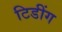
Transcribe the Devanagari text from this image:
टिडींग